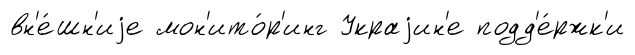
вн'е́шн'иjе мон'ито́р'инг Украjин'е подд'е́ржк'и